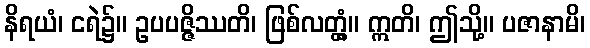
နိရယံ၊ ငရဲ၌။ ဥပပဇ္ဇိဿတိ၊ ဖြစ်လတ္တံ့။ ဣတိ၊ ဤသို့။ ပဇာနာမိ၊